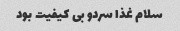
سلام غذا سردو بی کیفیت بود